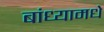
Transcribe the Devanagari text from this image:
बांध्यामधे